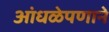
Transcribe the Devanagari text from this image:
आंधळेपणाने